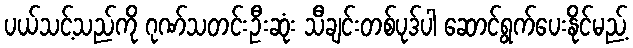
ပယ်သင့်သည်ကို ဂုဏ်သတင်းဦးဆုံး သီချင်းတစ်ပုဒ်ပါ ဆောင်ရွက်ပေးနိုင်မည့်